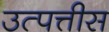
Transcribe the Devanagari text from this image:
उत्पत्तीस